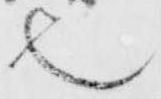
也